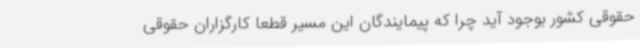
حقوقی کشور بوجود آید چرا که پیمایندگان این مسیر قطعا کارگزاران حقوقی